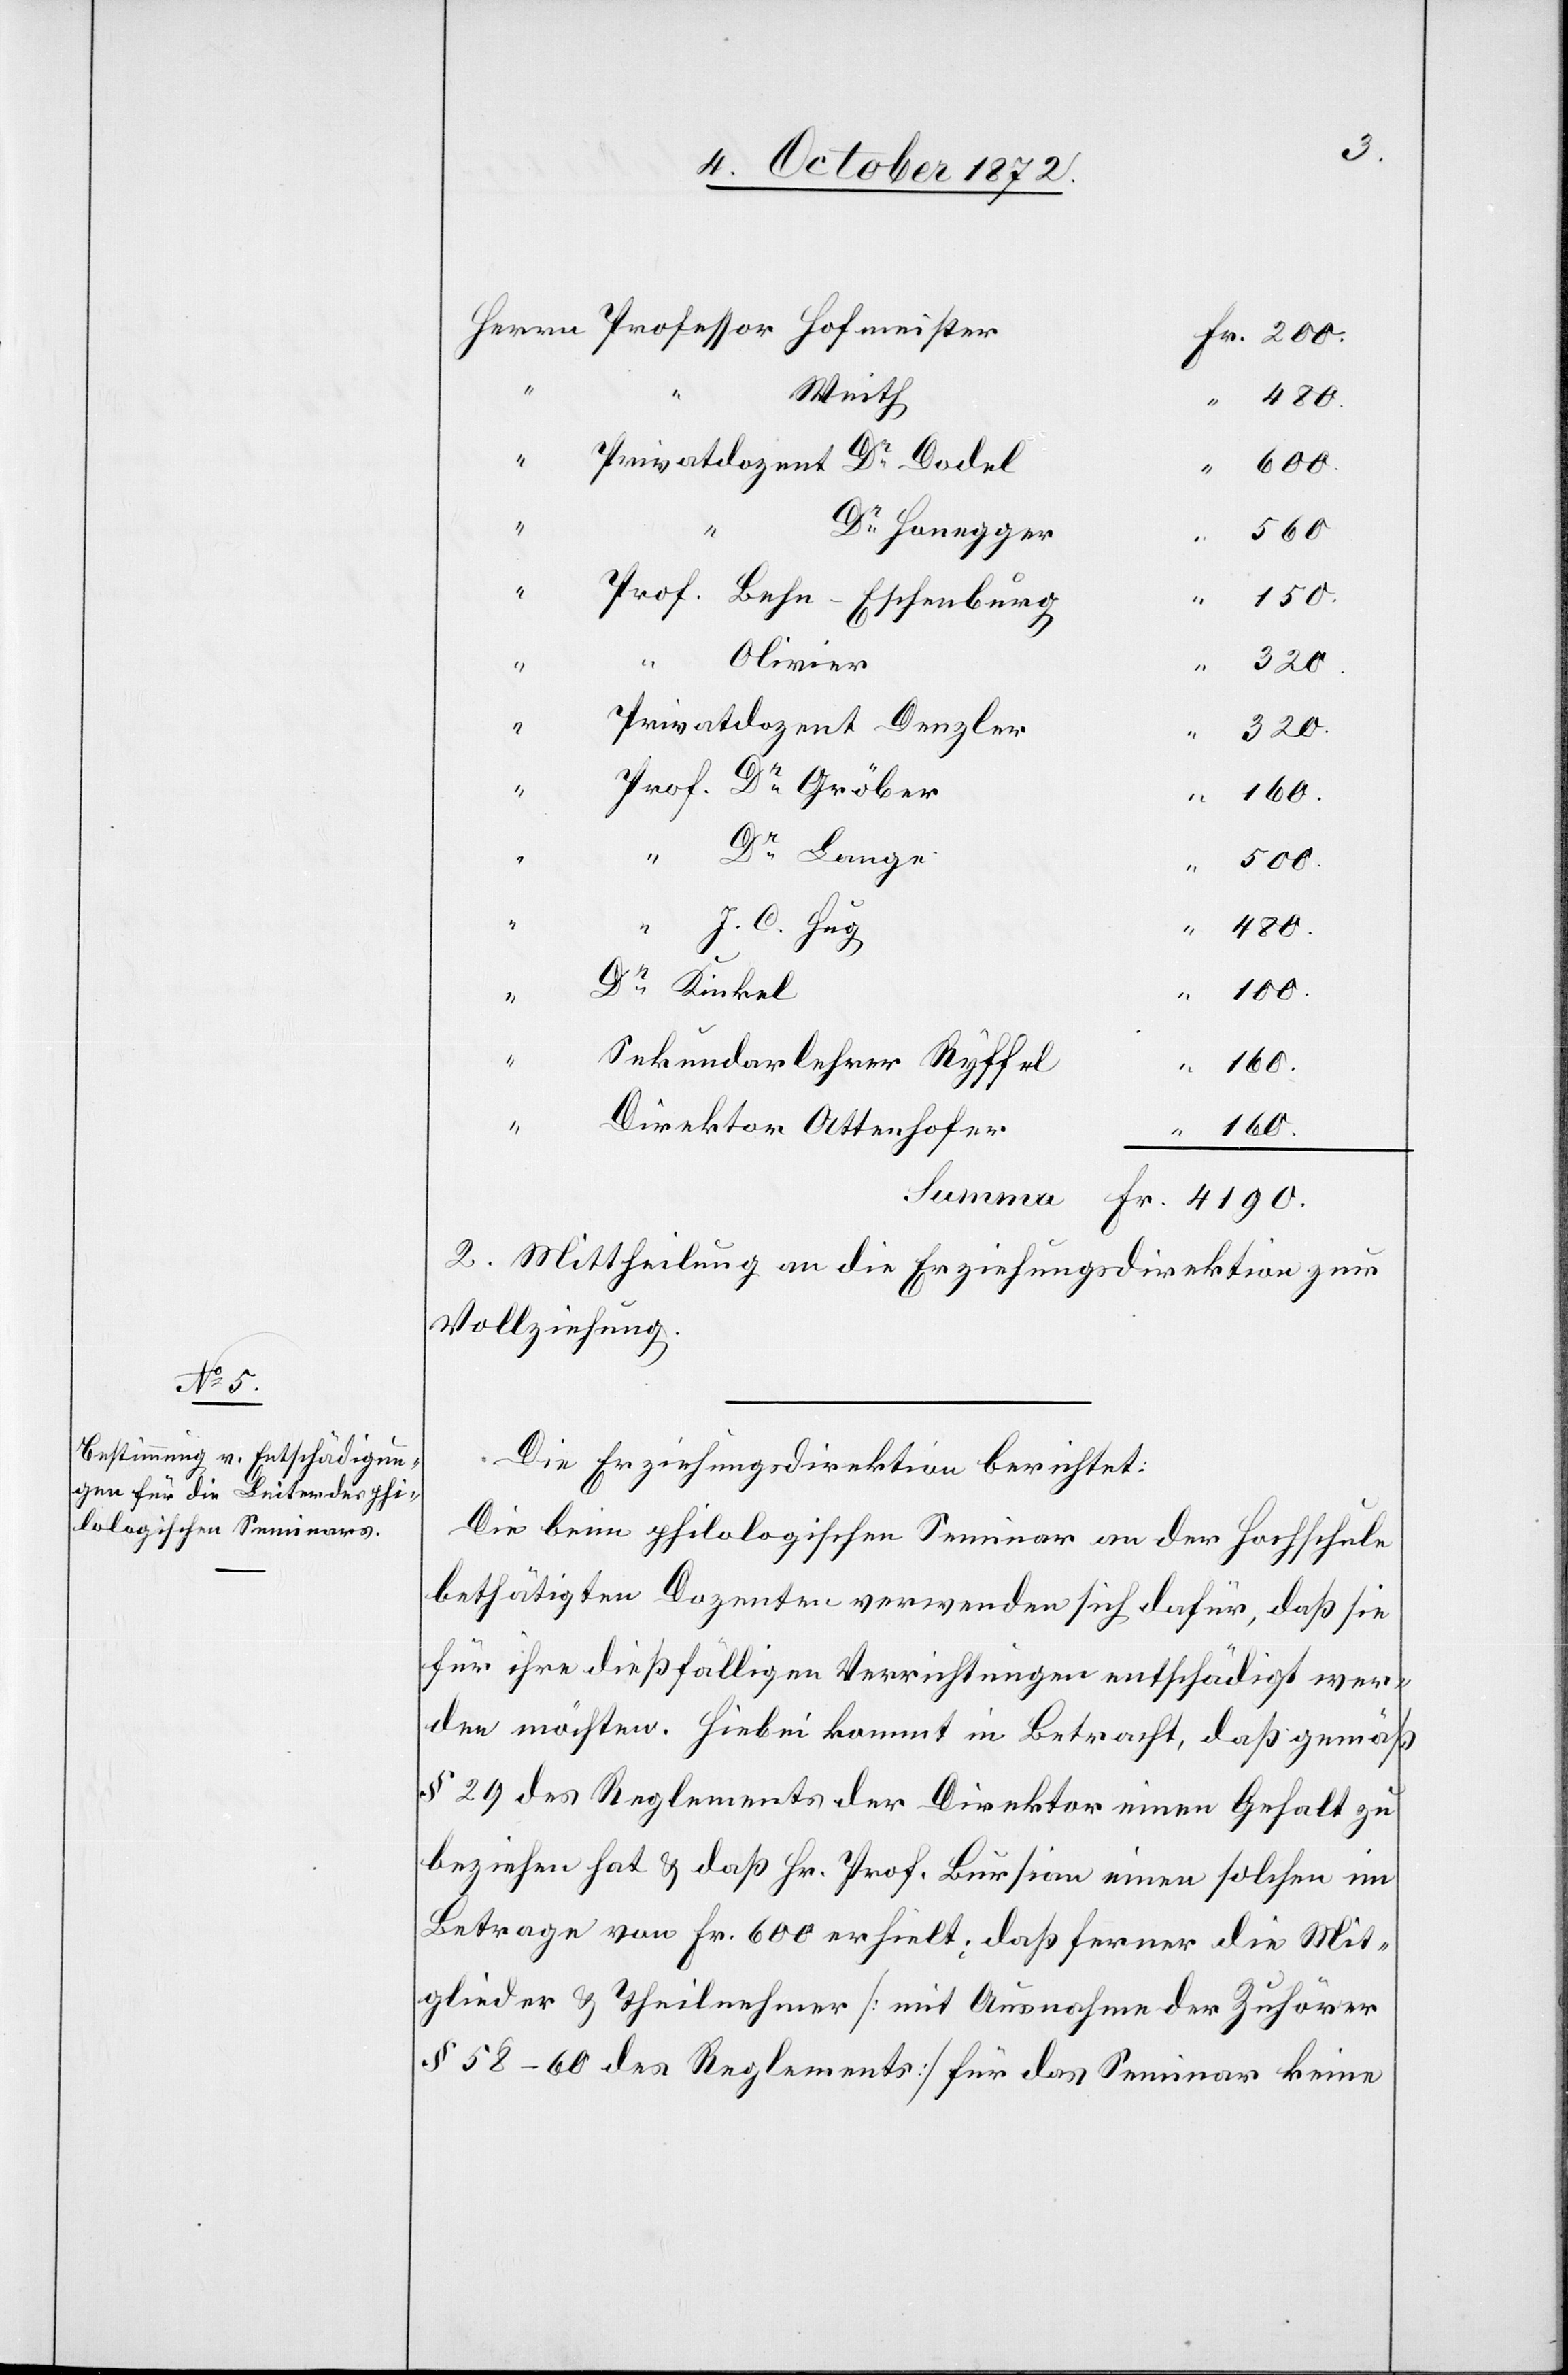
Weith
Privatdozent Dr Dodel
600.
“
Dr Honegger
“
560
“
Prof. Behn-Eschenburg
150.
“
“ Olivier
320.
“
Privatdozent Denzler
“
320.
Prof. Dr Gröber
“
160.
“
Dr Lange
Fr.
“
500.
“
J. C. Hug
4190.
Dr Kinkel
100.
“
“
Sekundarlehrer Ryffel
Direktor Attenhofer
160.
“
2. Mittheilung an die Erziehungsdirektion zur
Vollziehung.
Die Erziehungsdirektion berichtet:
Die beim philologischen Seminar an der Hochschule
bethätigten Dozenten verwenden sich dafür, daß sie
für ihre dießfälligen Verrichtungen entschädigt wer¬
den möchten. Hiebei kommt in Betracht, daß gemäß
§ 29 des Reglements der Direktor einen Gehalt zu
beziehen hat u. daß Hr. Prof. Bursian einen solchen im
Betrage von Fr. 600 erhielt, daß ferner die Mit¬
glieder u. Theilnehmer [mit Ausnahme der Zuhörer
§ 58–60 des Reglements] für das Seminar keine